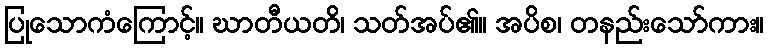
ပြုသောကံကြောင့်။ ဃာတီယတိ၊ သတ်အပ်၏။ အပိစ၊ တနည်းသော်ကား။